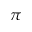
\pi